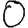
Digit: 0